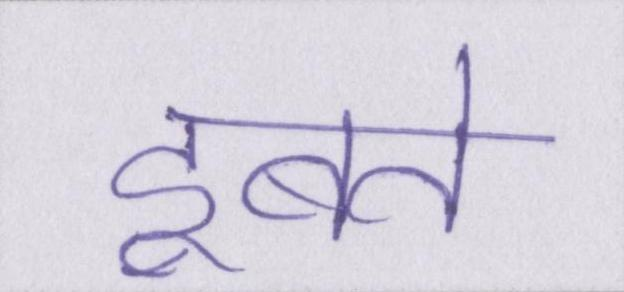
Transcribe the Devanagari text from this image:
डूबते